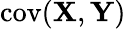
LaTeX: \operatorname{cov}(\mathbf{X},\mathbf{Y})